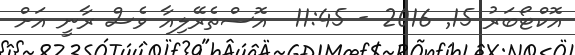
އޮކްޓޯބަރު 15